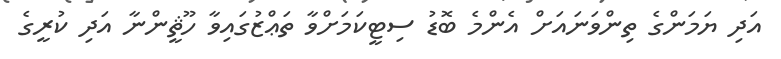
އަދި ޔަމަންގެ ތިންވަނައަށް އެންމެ ބޮޑު ސިޓީކަމަށްވާ ތަޢްޒުގައިވާ ހޫޘީންނާ އަދި ކުރީގެ